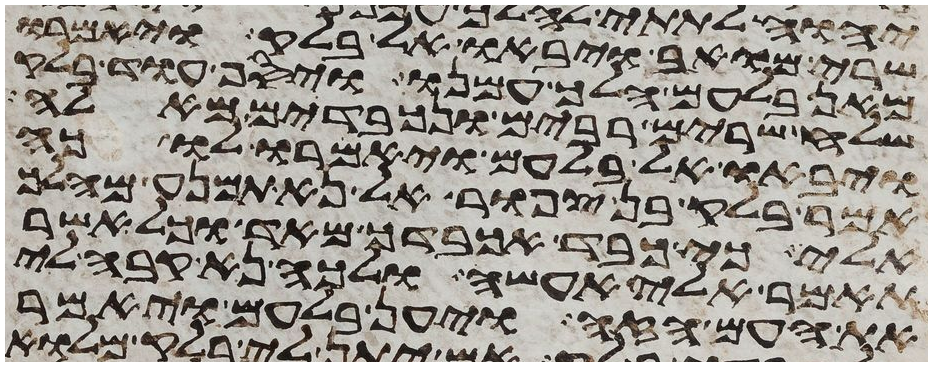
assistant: שרי מואב ויבאו אל בלק ויאמרו
מאן בלעם הלך עמנו ויסף עוד בלק
שלח שרים רבים ונכבדים מאלה
ויבאו אל בלעם ויאמרו לו כה
אמר בלק בן צפור אל נא תמנע מהלך
אלי כי כבד אכבדך מאד וכל אשר
תאמר אלי אעשה ולכה נא קבה לי
את העם הזה ויען בלעם ויאמר